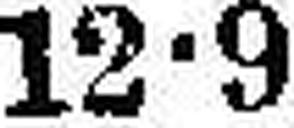
12•9